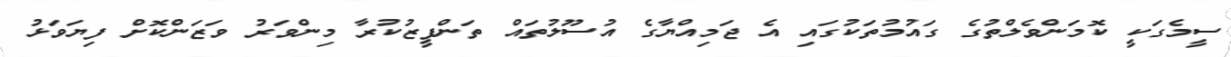
ސީމެގަކީ ކޮމަންވެލްތުގެ ގައުމުތަކުގައި އެ ޖަމިއްޔާގެ އުސޫލުތައް ތަންފީޒުކުރާ މިންވަރު ވަޒަންކޮށް ފިޔަވަޅު